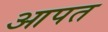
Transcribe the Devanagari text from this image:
आपत